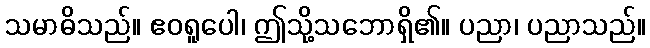
သမာဓိသည်။ ဧဝရူပေါ၊ ဤသို့သဘောရှိ၏။ ပညာ၊ ပညာသည်။